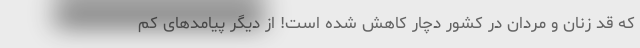
که قد زنان و مردان در کشور دچار کاهش شده است! از دیگر پیامدهای کم